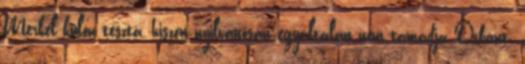
Merkel külön tészta, hiszen nyilvánosan egyáltalán nem támadja Orbánt.